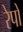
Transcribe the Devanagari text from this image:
रेपों